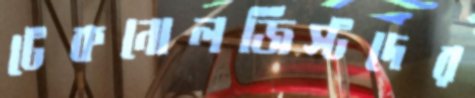
টেকনোলজিস্টদের